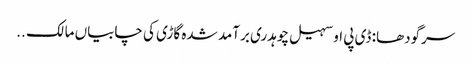
سرگودھا: ڈی پی او سہیل چوہدری برآمد شدہ گاڑی کی چابیاں مالک ..